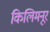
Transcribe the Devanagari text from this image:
किलिमनूर